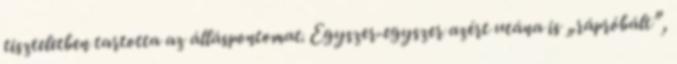
tiszteletben tartotta az álláspontomat. Egyszer-egyszer azért utána is „rápróbált”,